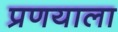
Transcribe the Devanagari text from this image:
प्रणयाला